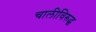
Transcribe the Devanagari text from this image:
चालीविरुद्ध